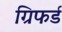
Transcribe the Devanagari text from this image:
ग्रिफर्ड